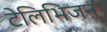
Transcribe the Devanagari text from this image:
टेलिभिजन